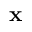
\mathbf { x }